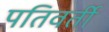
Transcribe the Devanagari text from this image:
पतिवर्ती